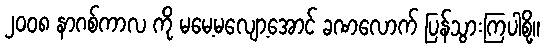
၂၀၀၈ နာဂစ်ကာလ ကို မမေ့မလျော့အောင် ခဏလောက် ပြန်သွားကြပါစို့။